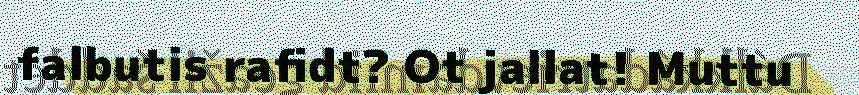
falbutis rafidt? Ot jallat! Muttu